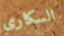
السكارى